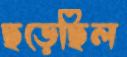
ছড়েছিল